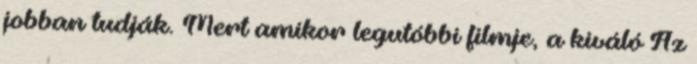
jobban tudják. Mert amikor legutóbbi filmje, a kiváló Az